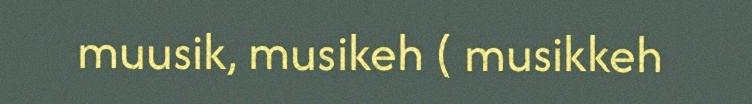
muusik, musikeh ( musikkeh